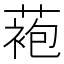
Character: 𬞆